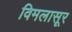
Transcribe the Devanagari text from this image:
विमलासूर